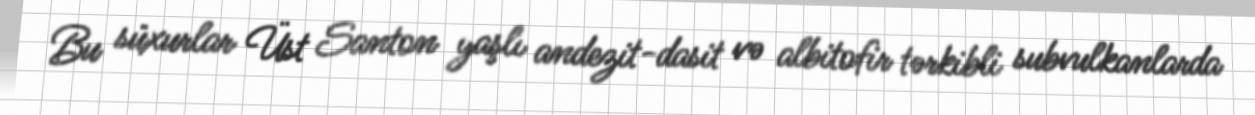
Bu süxurlar Üst Santon yaşlı andezit-dasit və albitofir tərkibli subvulkanlarda